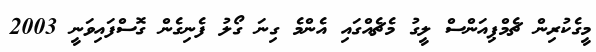
މީގެކުރިން ޗެމްޕިއަންސް ލީގު މެޗެއްގައި އެންމެ ގިނަ ގޯލު ފެނިގެން ގޮސްފައިވަނީ 2003